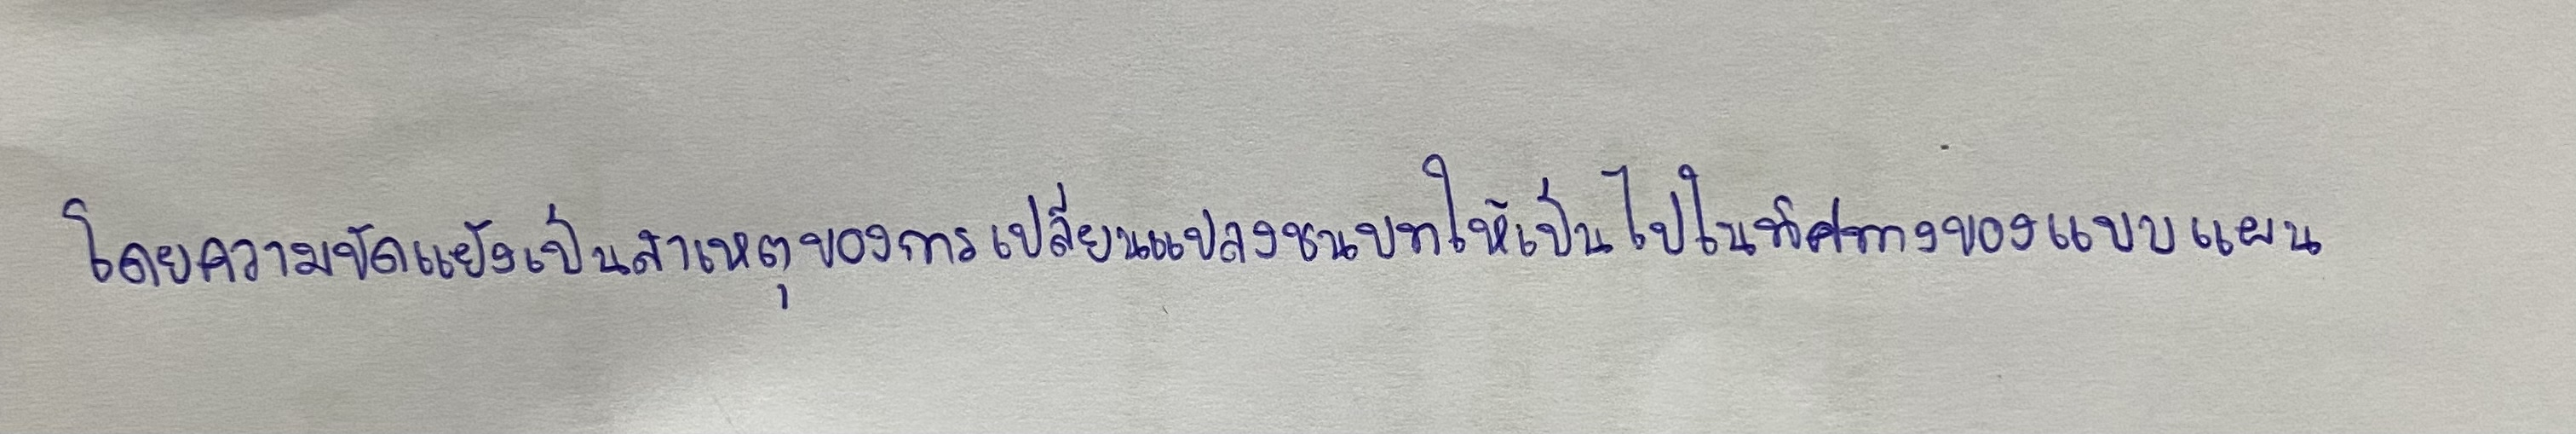
โดยความขัดแย้งเป็นสาเหตุของการเปลี่ยนแปลงชนบทให้เป็นไปในทิศทางของแบบแผน